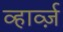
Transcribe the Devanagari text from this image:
व्हार्व्ज़